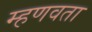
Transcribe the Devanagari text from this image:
म्हणवता